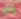
كان